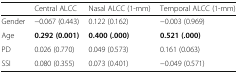
<table><thead><tr><td></td><td><b>Central ALCC</b></td><td><b>Nasal ALCC (1-mm)</b></td><td><b>Temporal ALCC (1-mm)</b></td></tr></thead><tbody><tr><td>Gender</td><td>−0.067 (0.443)</td><td>0.122 (0.162)</td><td>−0.003 (0.969)</td></tr><tr><td>Age</td><td><b>0.292 (0.001)</b></td><td><b>0.400 (.000)</b></td><td><b>0.521 (.000)</b></td></tr><tr><td>PD</td><td>0.026 (0.770)</td><td>0.049 (0.573)</td><td>0.161 (0.063)</td></tr><tr><td>SSI</td><td>0.080 (0.355)</td><td>0.073 (0.401)</td><td>−0.049 (0.571)</td></tr></tbody></table>